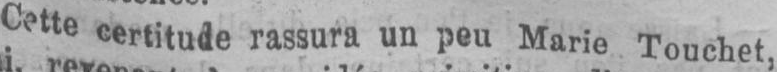
Cette certitude rassura un peu Marie Touchet,